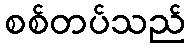
စစ်တပ်သည်